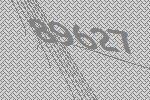
89627